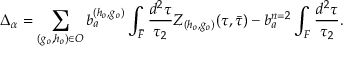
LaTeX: \Delta _ { \alpha } = \sum _ { ( g _ { o } , h _ { o } ) \in { \cal O } } b _ { a } ^ { ( h _ { o } , g _ { o } ) } \int _ { \tilde { \cal F } } \frac { d ^ { 2 } \tau } { \tau _ { 2 } } Z _ { ( h _ { o } , g _ { o } ) } ( \tau , { \bar { \tau } } ) - b _ { a } ^ { n = 2 } \int _ { \cal F } \frac { d ^ { 2 } \tau } { \tau _ { 2 } } .